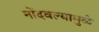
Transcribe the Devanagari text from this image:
नोंदवल्यामुळे